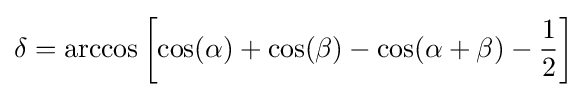
\delta =\arccos \left[\cos(\alpha )+\cos(\beta )-\cos(\alpha +\beta )-{\frac {1}{2}}\right]